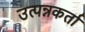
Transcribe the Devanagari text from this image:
उत्पन्नकर्ता